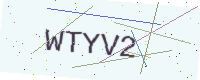
Text: WTYV2